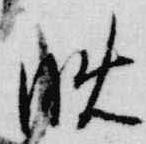
晩